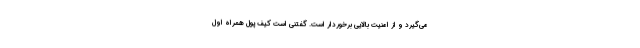
می‌گیرد و از امنیت بالایی برخوردار است. گفتنی است کیف پول همراه اول